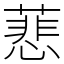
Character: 蕜